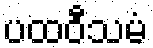
ပထဝီသမံ